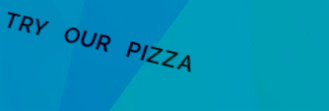
TRY OUR PIZZA